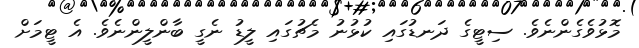
މޮޅުވެގެންނެވެ. ސިޓީގެ ދަނޑުގައި ކުޅުނު މެޗުގައި ލީޑު ނެގީ ބާންލީންނެވެ. އެ ޓީމަށް